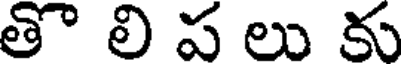
తొ లి ప లు కు